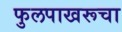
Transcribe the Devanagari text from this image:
फुलपाखरूचा